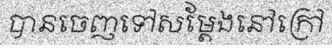
បានចេញទៅសម្តែងនៅក្រៅ